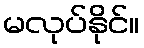
မလုပ်နိုင်။